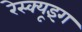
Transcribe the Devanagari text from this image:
रेस्‍क्‍यूइंग